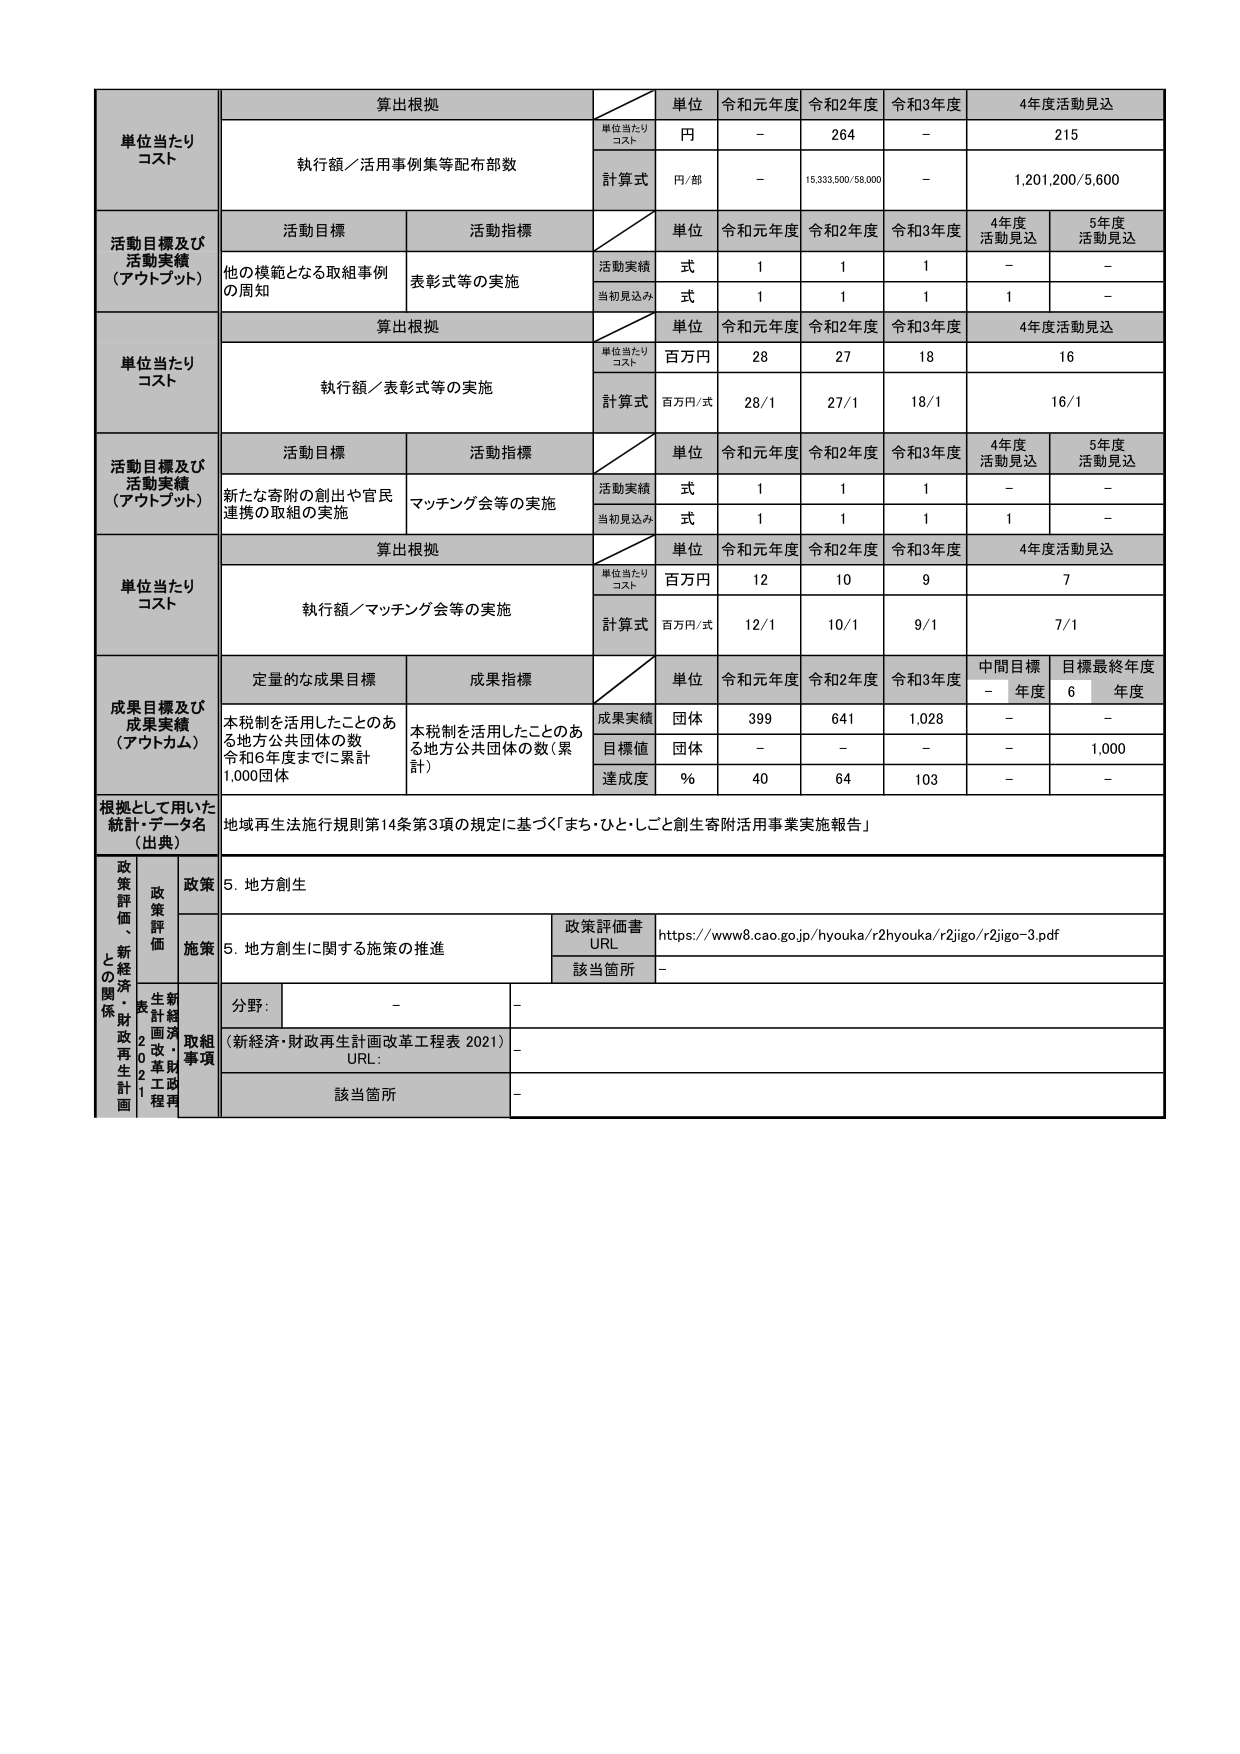
単位当たりコスト
算出根拠
単位
令和元年度
令和2年度
令和3年度
4年度活動見込
単位当たりコスト
円
－
264
－
215
執行額／活用事例集等配布部数
計算式
円/部
－
15,333,500/58,000
－
1,201,200/5,600

活動目標及び活動実績（アウトプット）
活動目標
活動指標
単位
令和元年度
令和2年度
令和3年度
4年度活動見込
5年度活動見込
他の模範となる取組事例の周知
表彰式等の実施
活動実績
式
1
1
1
－
－
当初見込み
式
1
1
1
1
－

単位当たりコスト
算出根拠
単位
令和元年度
令和2年度
令和3年度
4年度活動見込
単位当たりコスト
百万円
28
27
18
16
執行額／表彰式等の実施
計算式
百万円/式
28/1
27/1
18/1
16/1

活動目標及び活動実績（アウトプット）
活動目標
活動指標
単位
令和元年度
令和2年度
令和3年度
4年度活動見込
5年度活動見込
新たな寄附の創出や官民連携の取組の実施
マッチング会等の実施
活動実績
式
1
1
1
－
－
当初見込み
式
1
1
1
1
－

単位当たりコスト
算出根拠
単位
令和元年度
令和2年度
令和3年度
4年度活動見込
単位当たりコスト
百万円
12
10
9
7
執行額／マッチング会等の実施
計算式
百万円/式
12/1
10/1
9/1
7/1

成果目標及び成果実績（アウトカム）
定量的な成果目標
成果指標
単位
令和元年度
令和2年度
令和3年度
中間目標年度
目標最終年度
本税制を活用したことのある地方公共団体の数 令和6年度までに累計1,000団体
本税制を活用したことのある地方公共団体の数（累計）
成果実績
団体
399
641
1,028
－
－
目標値
団体
－
－
－
－
1,000
達成度
%
40
64
103
－
－

根拠として用いた統計・データ名（出典）
地域再生法施行規則第14条第3項の規定に基づく「まち・ひと・しごと創生寄附活用事業実施報告」

政策評価・新経済・財政再生計画との関係
政策評価
政策
5. 地方創生
施策
5. 地方創生に関する施策の推進
政策評価書URL
https://www8.cao.go.jp/hyouka/r2hyouka/r2jigo/r2jigo-3.pdf
該当箇所
－
分野：
－
－
取組事項
（新経済・財政再生計画改革工程表 2021）
URL：
－
該当箇所
－